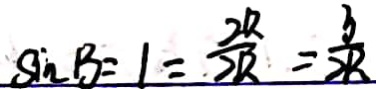
\sin B = 1 = \frac { 2 R } { 2 R } = \frac { 3 } { 2 R }